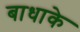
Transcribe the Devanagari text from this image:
बाधाके